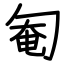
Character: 匎